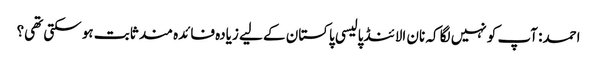
احمد: آپ کو نہیں لگا کہ نان الائنڈ پالیسی پاکستان کے لیے زیادہ فائدہ مند ثابت ہو سکتی تھی؟